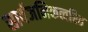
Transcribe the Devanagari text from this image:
सार्वजनिकत्वरित